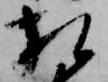
相